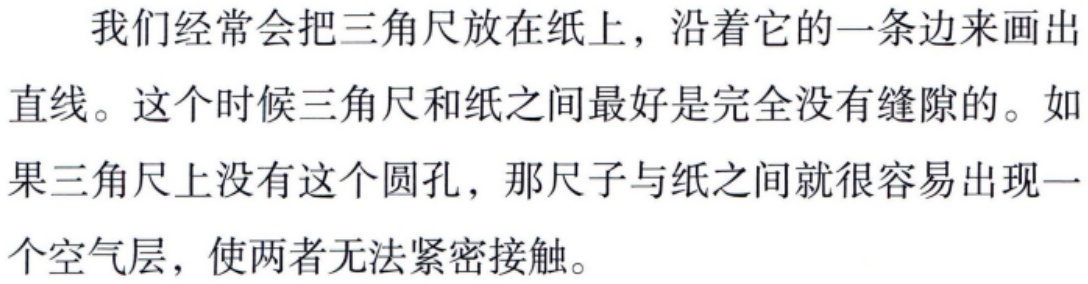
我们经常会把三角尺放在纸上，沿着它的一条边来画出直线。这个时候三角尺和纸之间最好是完全没有缝隙的。如果三角尺上没有这个圆孔，那尺子与纸之间就很容易出现一个空气层，使两者无法紧密接触。